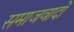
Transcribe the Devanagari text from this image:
समाजवादों